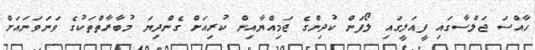
ހާއްސަ ޖަލްސާގައި ފީއަލީގައި ލޯފަން ކުދިންގެ ޖަމިއްޔާއިން ކުރިއަށް ގެންދިޔަ މުބާރާތްތަކުގެ ވަނަވަނައަށް